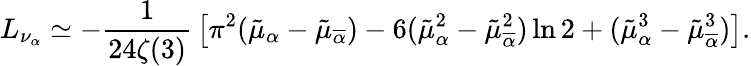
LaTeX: L_{\nu_{\alpha}}\simeq-{\frac{1}{24\zeta(3)}}\left[\pi^{2}(\tilde{\mu}_{\alpha}-\tilde{\mu}_{\overline{{{\alpha}}}})-6(\tilde{\mu}_{\alpha}^{2}-\tilde{\mu}_{\overline{{{\alpha}}}}^{2})\ln 2+(\tilde{\mu}_{\alpha}^{3}-\tilde{\mu}_{\overline{{{\alpha}}}}^{3})\right].